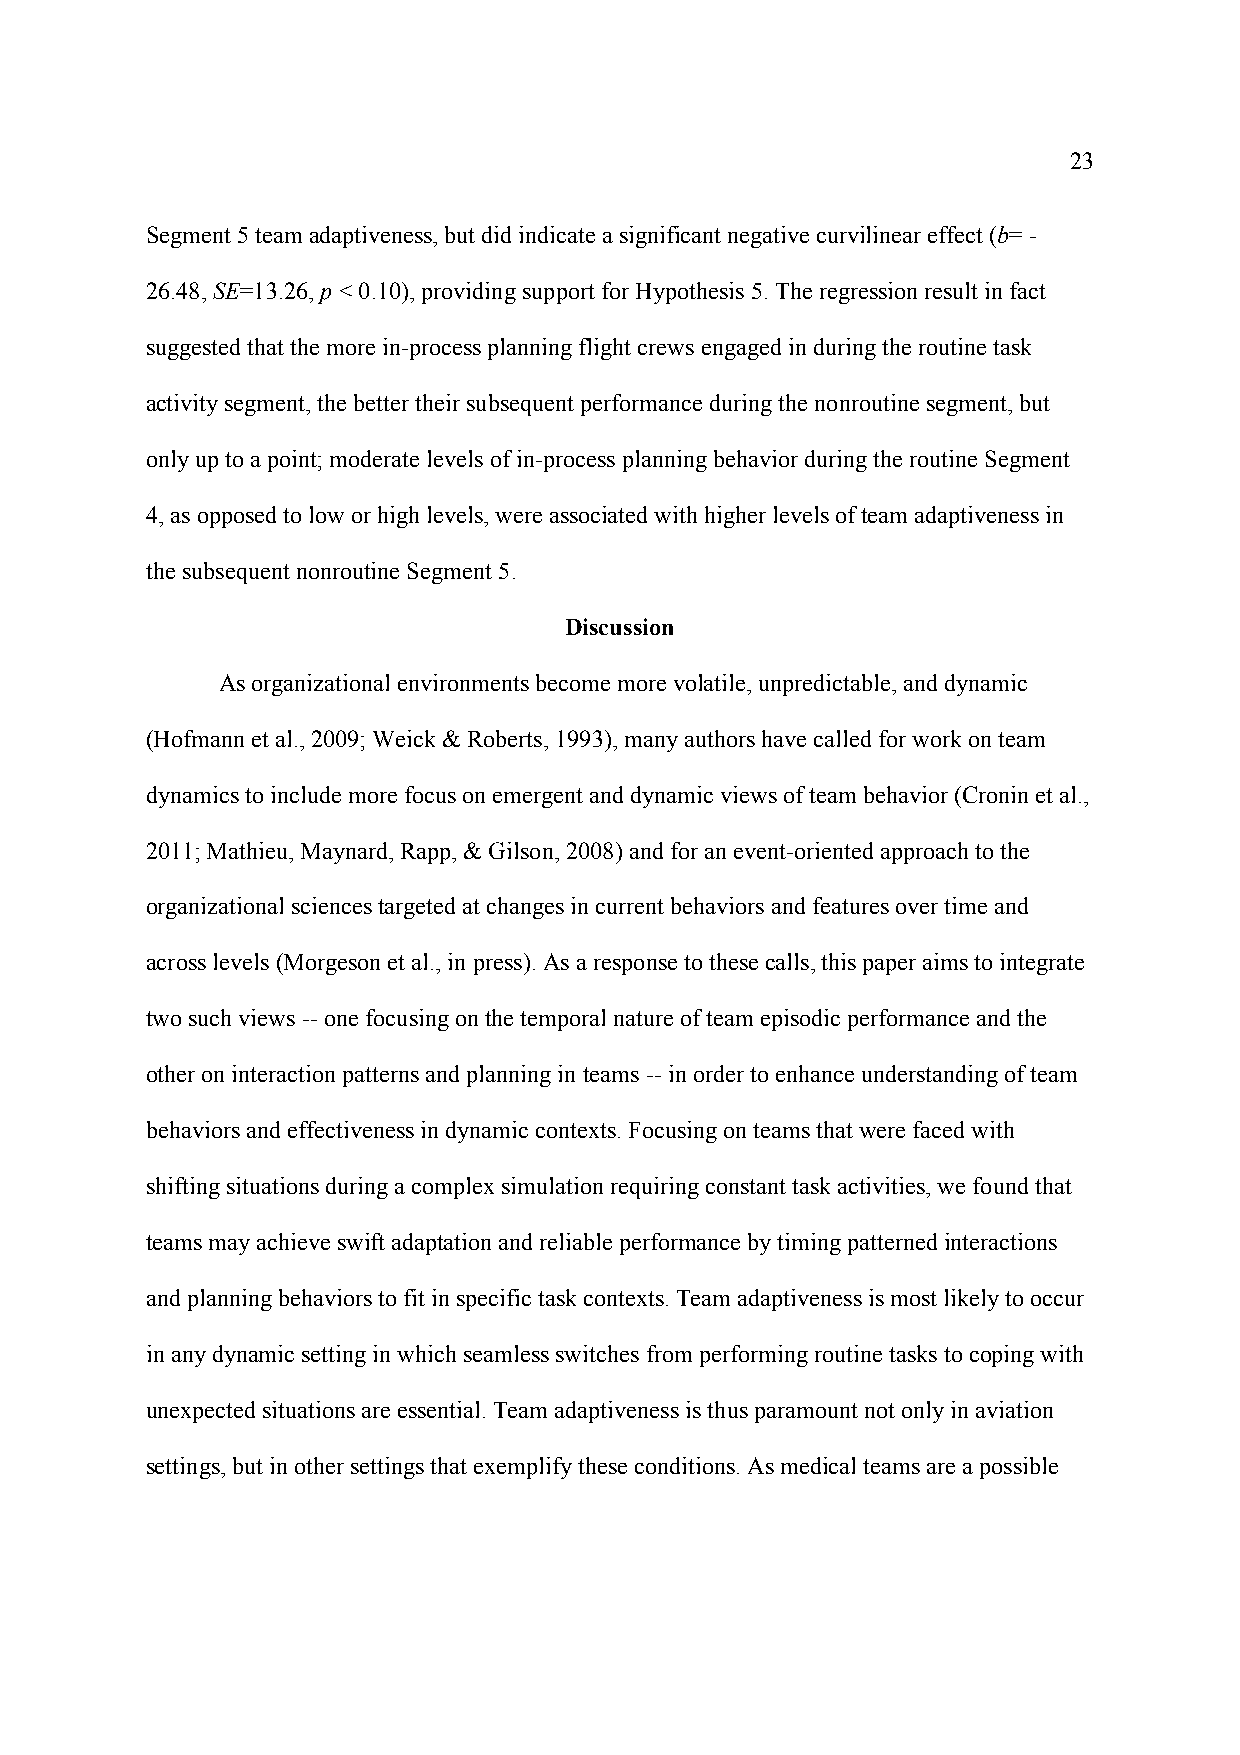
23
 Segment 5 team adaptiveness, but did indicate a significant negative curvilinear effect (b= -
 26.48, SE=13.26, p < 0.10), providing support for Hypothesis 5. The regression result in fact
 suggested that the more in-process planning flight crews engaged in during the routine task
 activity segment, the better their subsequent performance during the nonroutine segment, but
 only up to a point; moderate levels of in-process planning behavior during the routine Segment
 4, as opposed to low or high levels, were associated with higher levels of team adaptiveness in
 the subsequent nonroutine Segment 5.
 Discussion
 As organizational environments become more volatile, unpredictable, and dynamic
 (Hofmann et al., 2009; Weick & Roberts, 1993), many authors have called for work on team
 dynamics to include more focus on emergent and dynamic views of team behavior (Cronin et al.,
 2011; Mathieu, Maynard, Rapp, & Gilson, 2008) and for an event-oriented approach to the
 organizational sciences targeted at changes in current behaviors and features over time and
 across levels (Morgeson et al., in press). As a response to these calls, this paper aims to integrate
 two such views -- one focusing on the temporal nature of team episodic performance and the
 other on interaction patterns and planning in teams -- in order to enhance understanding of team
 behaviors and effectiveness in dynamic contexts. Focusing on teams that were faced with
 shifting situations during a complex simulation requiring constant task activities, we found that
 teams may achieve swift adaptation and reliable performance by timing patterned interactions
 and planning behaviors to fit in specific task contexts. Team adaptiveness is most likely to occur
 in any dynamic setting in which seamless switches from performing routine tasks to coping with
 unexpected situations are essential. Team adaptiveness is thus paramount not only in aviation
 settings, but in other settings that exemplify these conditions. As medical teams are a possible